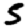
Digit: 5